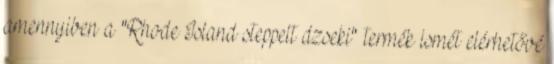
amennyiben a "Rhode Island steppelt dzseki" termék ismét elérhetővé